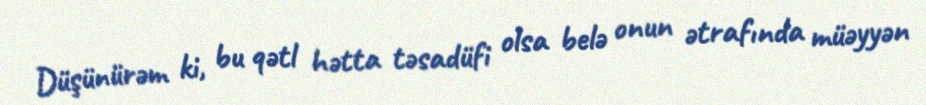
Düşünürəm ki, bu qətl hətta təsadüfi olsa belə onun ətrafında müəyyən